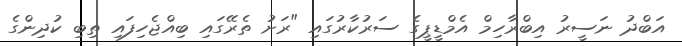
އަބްދު ނަސީރު އިބްރާހިމް އެމްޑީޕީގެ ސަރުކާރުގައި "ރަށު ތެރޭގައި ބިއްޖެހިފައި ތިބި ކުދިންގެ